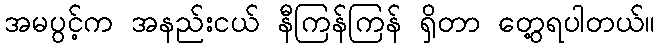
အမပွင့်က အနည်းငယ် နီကြန်ကြန် ရှိတာ တွေ့ရပါတယ်။